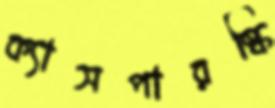
ক্যাসপারস্কি